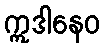
ဣဒါနေဝ